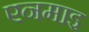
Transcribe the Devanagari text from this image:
एनमाइ